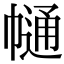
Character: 𢄟